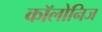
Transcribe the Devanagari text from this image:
कॉलोनिज